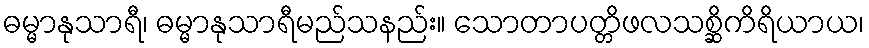
ဓမ္မာနုသာရီ၊ ဓမ္မာနုသာရီမည်သနည်း။ သောတာပတ္တိဖလသစ္ဆိကိရိယာယ၊